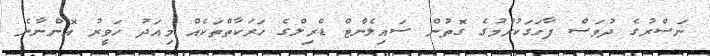
ނަސްރުގެ ދުވަސް ފާހަގަކުރުމުގެ ގޮތުން ސައިލެންޓް ޑްރިލްގެ ހަރަކާތްތަކެއް މިއަދު ހަވީރު އޮންނާނެ